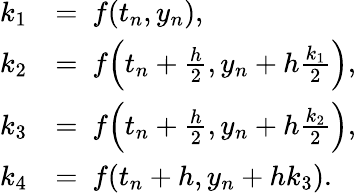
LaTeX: {\begin{array}{rl}{k_{1}}&{=\ f(t_{n},y_{n}),}\\ {k_{2}}&{=\ f\! \left(t_{n}+{\frac{h}{2}},y_{n}+h{\frac{k_{1}}{2}}\right),}\\ {k_{3}}&{=\ f\! \left(t_{n}+{\frac{h}{2}},y_{n}+h{\frac{k_{2}}{2}}\right),}\\ {k_{4}}&{=\ f\! \left(t_{n}+h,y_{n}+hk_{3}\right).}\end{array}}